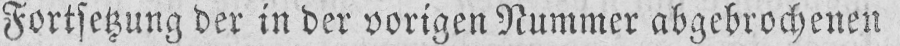
Fortsetzung der in der vorigen Nummer abgebrochenen